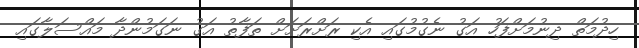
ހިދުމަތް ދިނުމަށްފަހު އަގު ނެގުމުގައި އެކި ރަށްރަށަށް ތަފާތު އަގު ނަގަމުންދާ މައްސަލާގައި